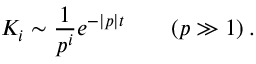
K _ { i } \sim \frac { 1 } { p ^ { i } } e ^ { - | p | t } \qquad ( p \gg 1 ) \: .